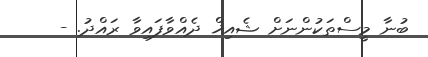
ބުނާ މީސްތަކުންނަށް ޝެއިޚް ދެއްވާފައިވާ ރައްދު. -